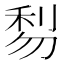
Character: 𠝯